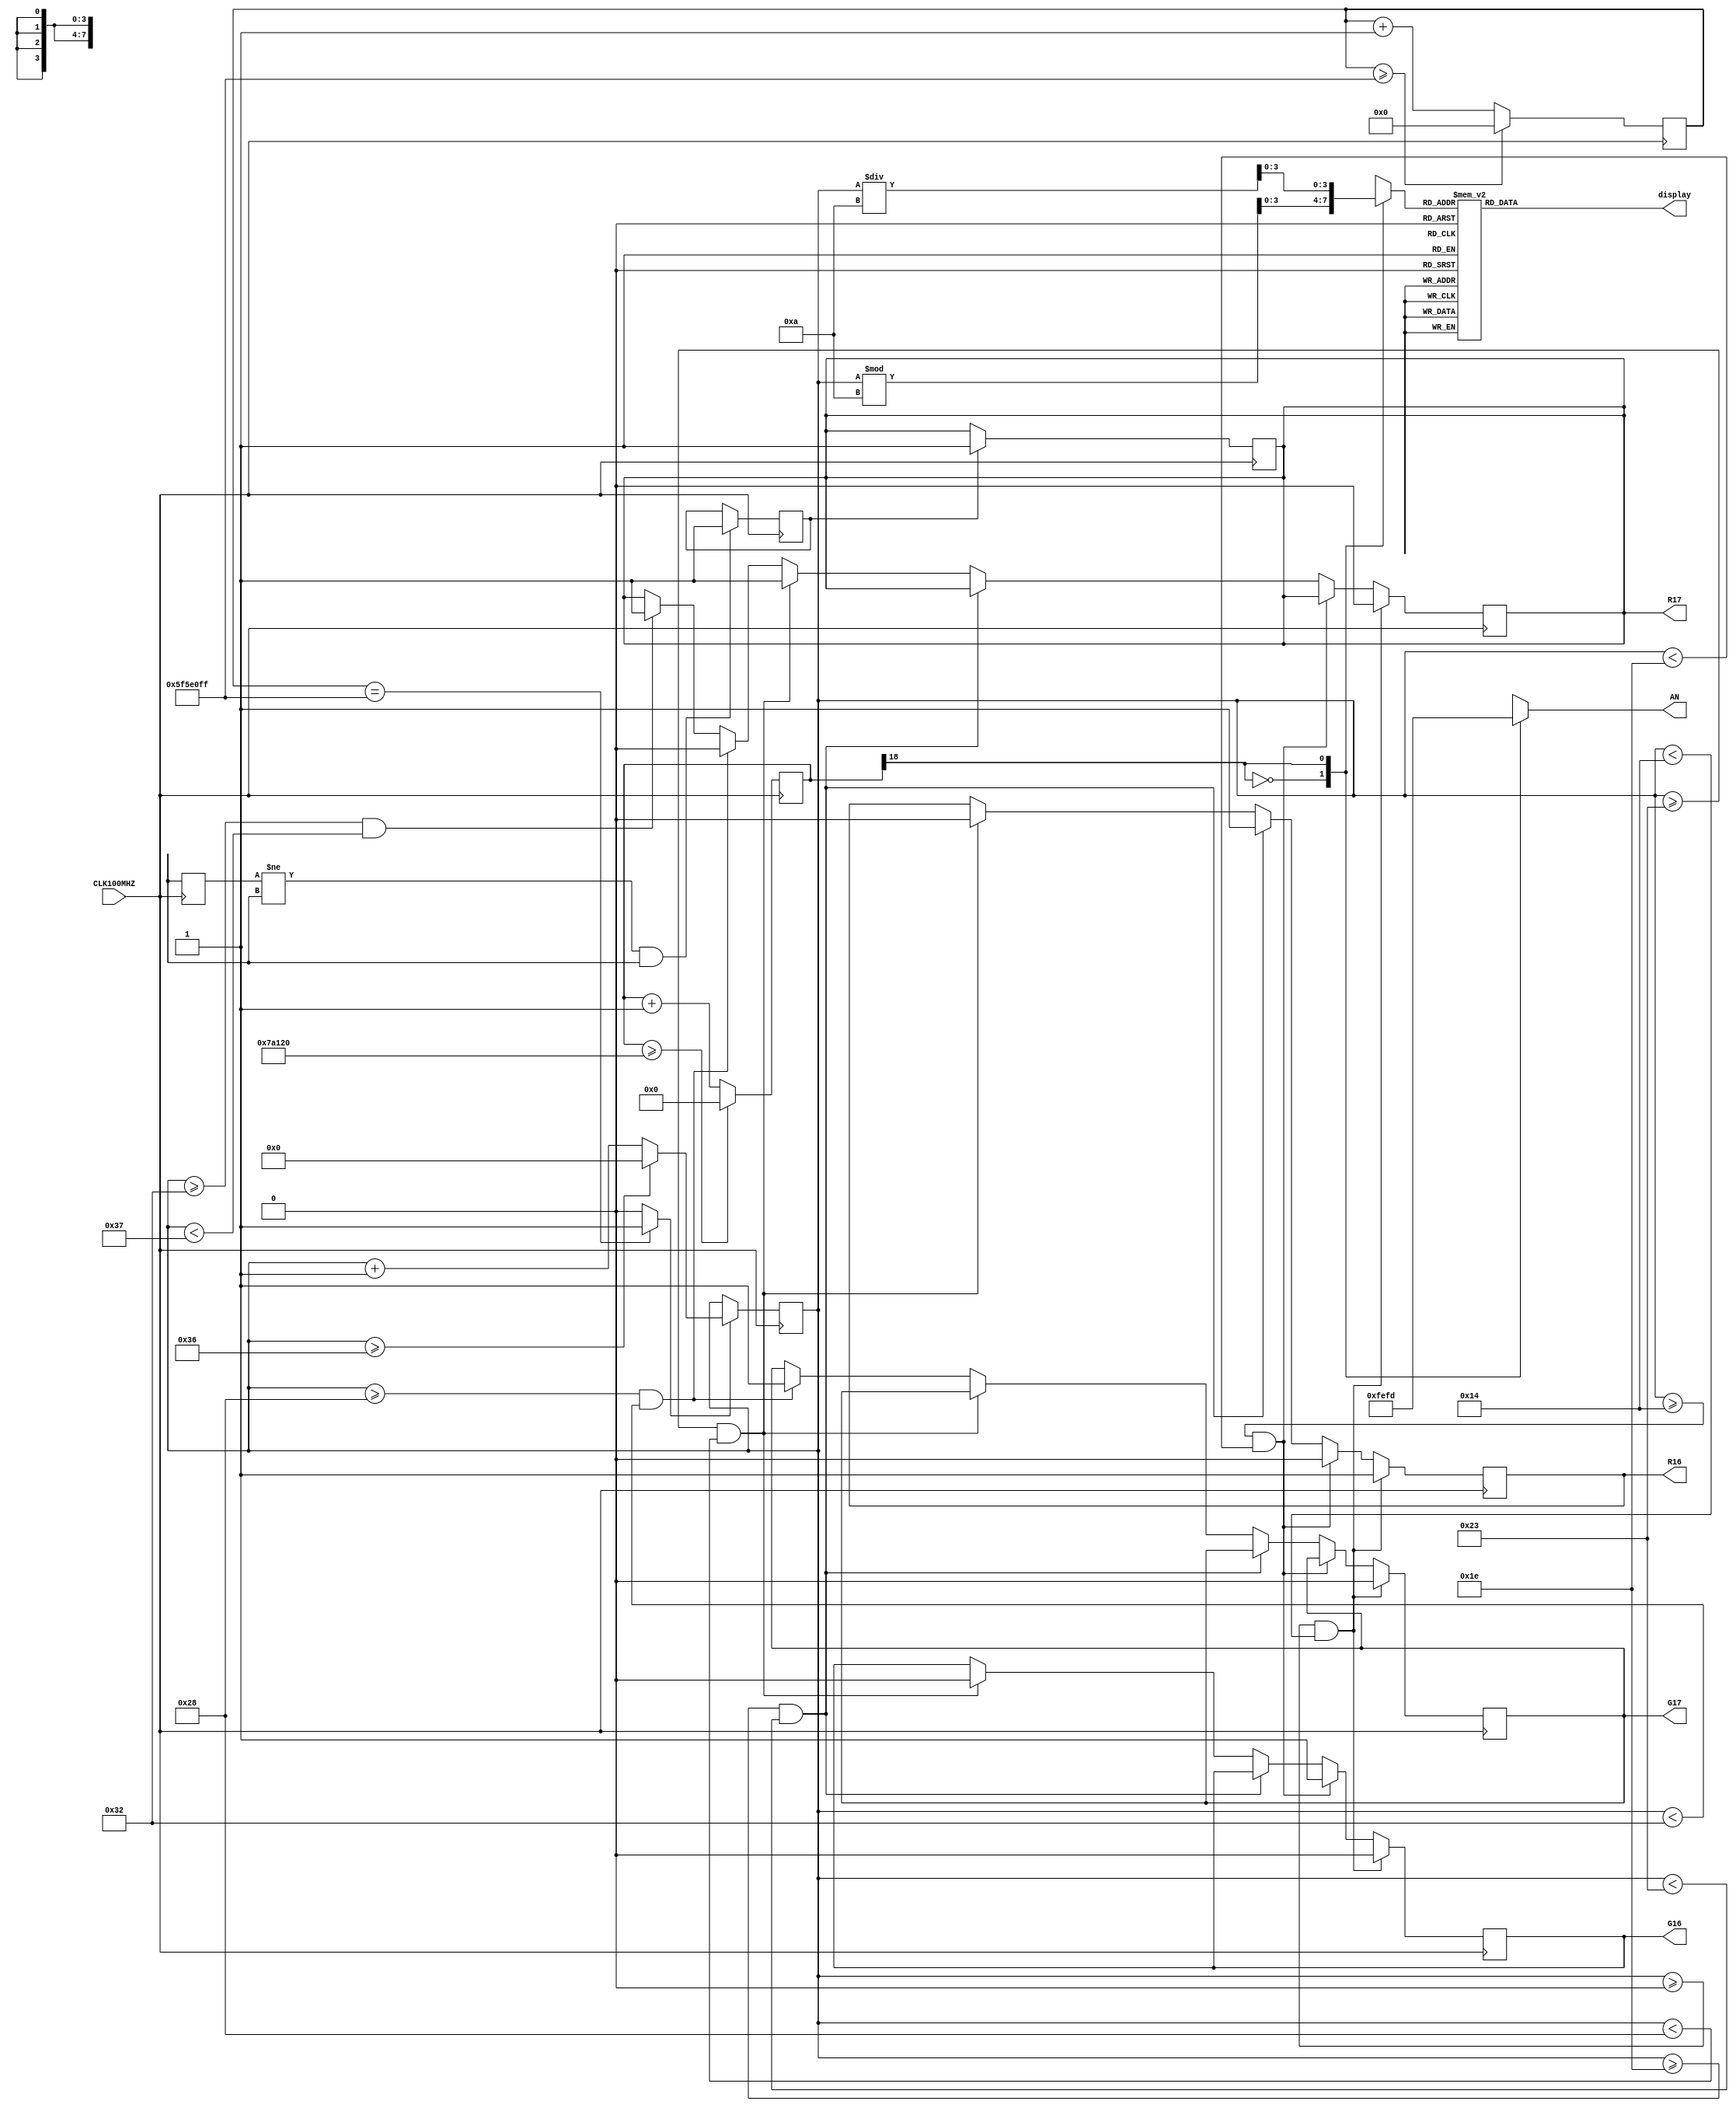
module semaforossdd(

    input CLK100MHZ,
    output reg [7:0] AN,
    output reg [6:0] display,
    output reg G16,
    output reg G17,
    output reg R16,
    output reg R17
    );
    reg [3:0] digito;
    reg [18:0] refresh;
    wire active_display;
    wire RED1=R16;
    wire RED2=R17;
    wire GREEN1=G16;
    wire GREEN2=G17;

    
    
    reg [26:0] CONTADOR_SEG; // Contador para generar segundos segun el CLK de la placa. 134.217.728 (ms) para generar CLK
    wire SEGUNDO; // Indicador que paso un segundo.
    reg [5:0] DISPLAY; //Monstrar el número que hay
    
    
    always @(posedge CLK100MHZ)
    begin
        begin
            if(CONTADOR_SEG>=99999999) 
                 CONTADOR_SEG <= 0;
            else
                CONTADOR_SEG <= CONTADOR_SEG + 1;
        end
    end
    assign SEGUNDO = (CONTADOR_SEG==99999999)?1:0;
    
always @(posedge CLK100MHZ)
        begin
            if(refresh >= 500000)
                refresh <= 0;
            else
                refresh <= refresh + 1;
        end
        assign active_display = refresh[18];
        

    always @(posedge CLK100MHZ)
    

    
		
        if (DISPLAY >= 0 & DISPLAY < 20)
        begin
        R16<=1;
        R17<=0;
        G16<=0;
        G17<=0;
        end
        else if (DISPLAY >= 20 & DISPLAY < 30)
        begin
        G16<=1;
        R16<=0;
        end
        else if (DISPLAY >= 30 & DISPLAY < 35)
        begin
        R16 = 1;
        end
        else if (DISPLAY >= 35 & DISPLAY < 40)
        begin
        R16<=0;
        G16=0;
        R17=1;
        end            
        else if (DISPLAY >= 40 & DISPLAY < 50)
        begin
        G17=1;
        R17=0;
        end
        else if (DISPLAY >= 50 & DISPLAY < 55)
        begin
        R17=1;
        end                       




always @( posedge CLK100MHZ) 
    
    begin
        if (SEGUNDO==1) 
            begin if (DISPLAY>=54) 
                DISPLAY <= 0; 
            else
                DISPLAY <= DISPLAY + 1; 
            end
    end
     
     always @(*)
         begin
             case(active_display)
                 1'b0: begin
                     AN = 8'b11111110;
                     digito = DISPLAY%10;
                     end
                 1'b1: begin
                     AN = 8'b11111101;
                     digito = DISPLAY/10;    
                        end                         
             endcase
         end

    always @(*)
    begin
        case(digito)
        4'b0000: display = 7'b0000001; // "0"     
        4'b0001: display = 7'b1001111; // "1" 
        4'b0010: display = 7'b0010010; // "2" 
        4'b0011: display = 7'b0000110; // "3" 
        4'b0100: display = 7'b1001100; // "4" 
        4'b0101: display = 7'b0100100; // "5" 
        4'b0110: display = 7'b0100000; // "6" 
        4'b0111: display = 7'b0001111; // "7" 
        4'b1000: display = 7'b0000000; // "8"     
        4'b1001: display = 7'b0000100; // "9"
        4'b1010: display = 7'b1111110; // "-"
        default: display = 7'b0000001; // "0"
        endcase
    end
    always @(posedge CLK100MHZ) 
    begin
        // detect rising edge
        if (button_old != BTNC && BTNC == 1'b1)
              button_raise <= 1'b1;
               button_old <= BTNC;
        // increment number
        if (button_raise == 1'b1)
        begin
                R17<=1;
        end
    end
endmodule